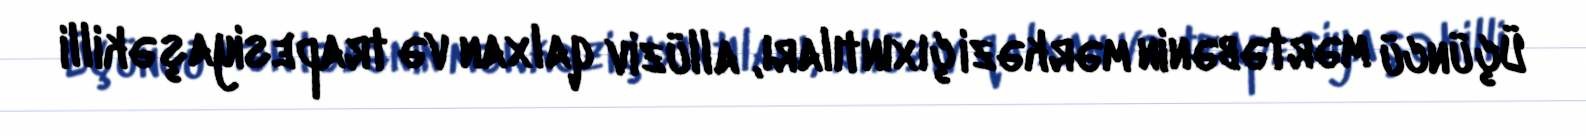
Üçüncü mərtəbənin mərkəzi çıxıntıları, allüziv qalxan və trapesiyaşəkilli